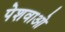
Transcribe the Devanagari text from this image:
पेशवाओ